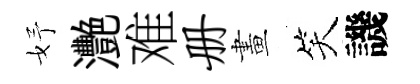
妤灧难册畫笑譏